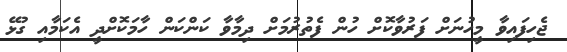
ޖެހިފައިވާ މީހުނަށް ފަރުވާކޮށް ހުން ފެތުރުމަށް ދިމާވާ ކަންކަން ހާމަކޮށްދީ އެކަމާއި ގުޅޭ